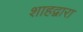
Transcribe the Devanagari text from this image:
शाहद्वारा